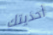
أحذيتك